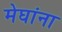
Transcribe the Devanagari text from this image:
मेघांना